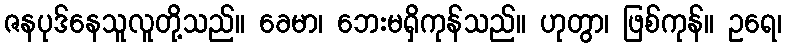
ဇနပုဒ်နေသူလူတို့သည်။ ခေမာ၊ ဘေးမရှိကုန်သည်။ ဟုတွာ၊ ဖြစ်ကုန်။ ဥရေ၊